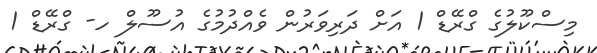
މިސްކޫލުގެ ގްރޭޑް 1 އަށް ދަރިވަރުން ވެއްދުމުގެ އުސޫލް ހ- ގްރޭޑް 1